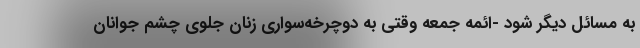
به مسائل دیگر شود -ائمه جمعه وقتی به دوچرخه‌سواری زنان جلوی چشم جوانان